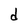
Character: d